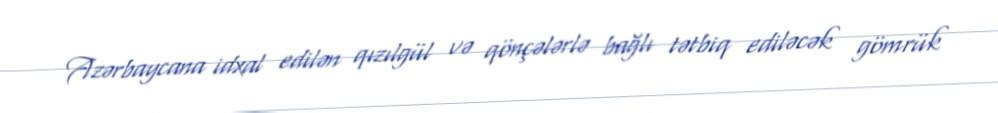
Azərbaycana idxal edilən qızılgül və qönçələrlə bağlı tətbiq ediləcək gömrük